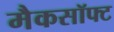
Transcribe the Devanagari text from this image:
मैकसॉफ्ट